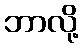
ဘာလို့